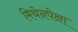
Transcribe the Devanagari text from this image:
मिथेनपेक्षा